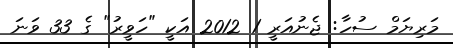
މަރިޔަމް ސުހާ: ޖެނުއަރީ 1 2012 އަކީ "ހަވީރު" ގެ 33 ވަނަ